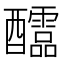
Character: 𨤀